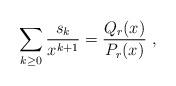
LaTeX: \begin{align*} \sum_{k \geq 0 } \frac{ s_{k}}{x^{k+1}} = \frac{Q_{r} (x)}{P_{r} (x) } \ ,\end{align*}